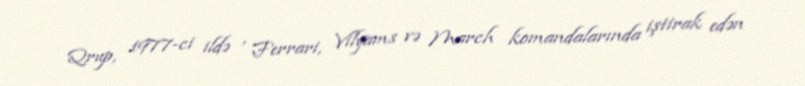
Qrup, 1977-ci ildə , Ferrari, Vilyams və March komandalarında iştirak edən